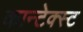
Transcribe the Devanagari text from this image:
कान्टेक्स्ट